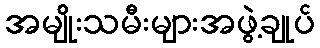
အမျိုးသမီးများအဖွဲ့ချုပ်